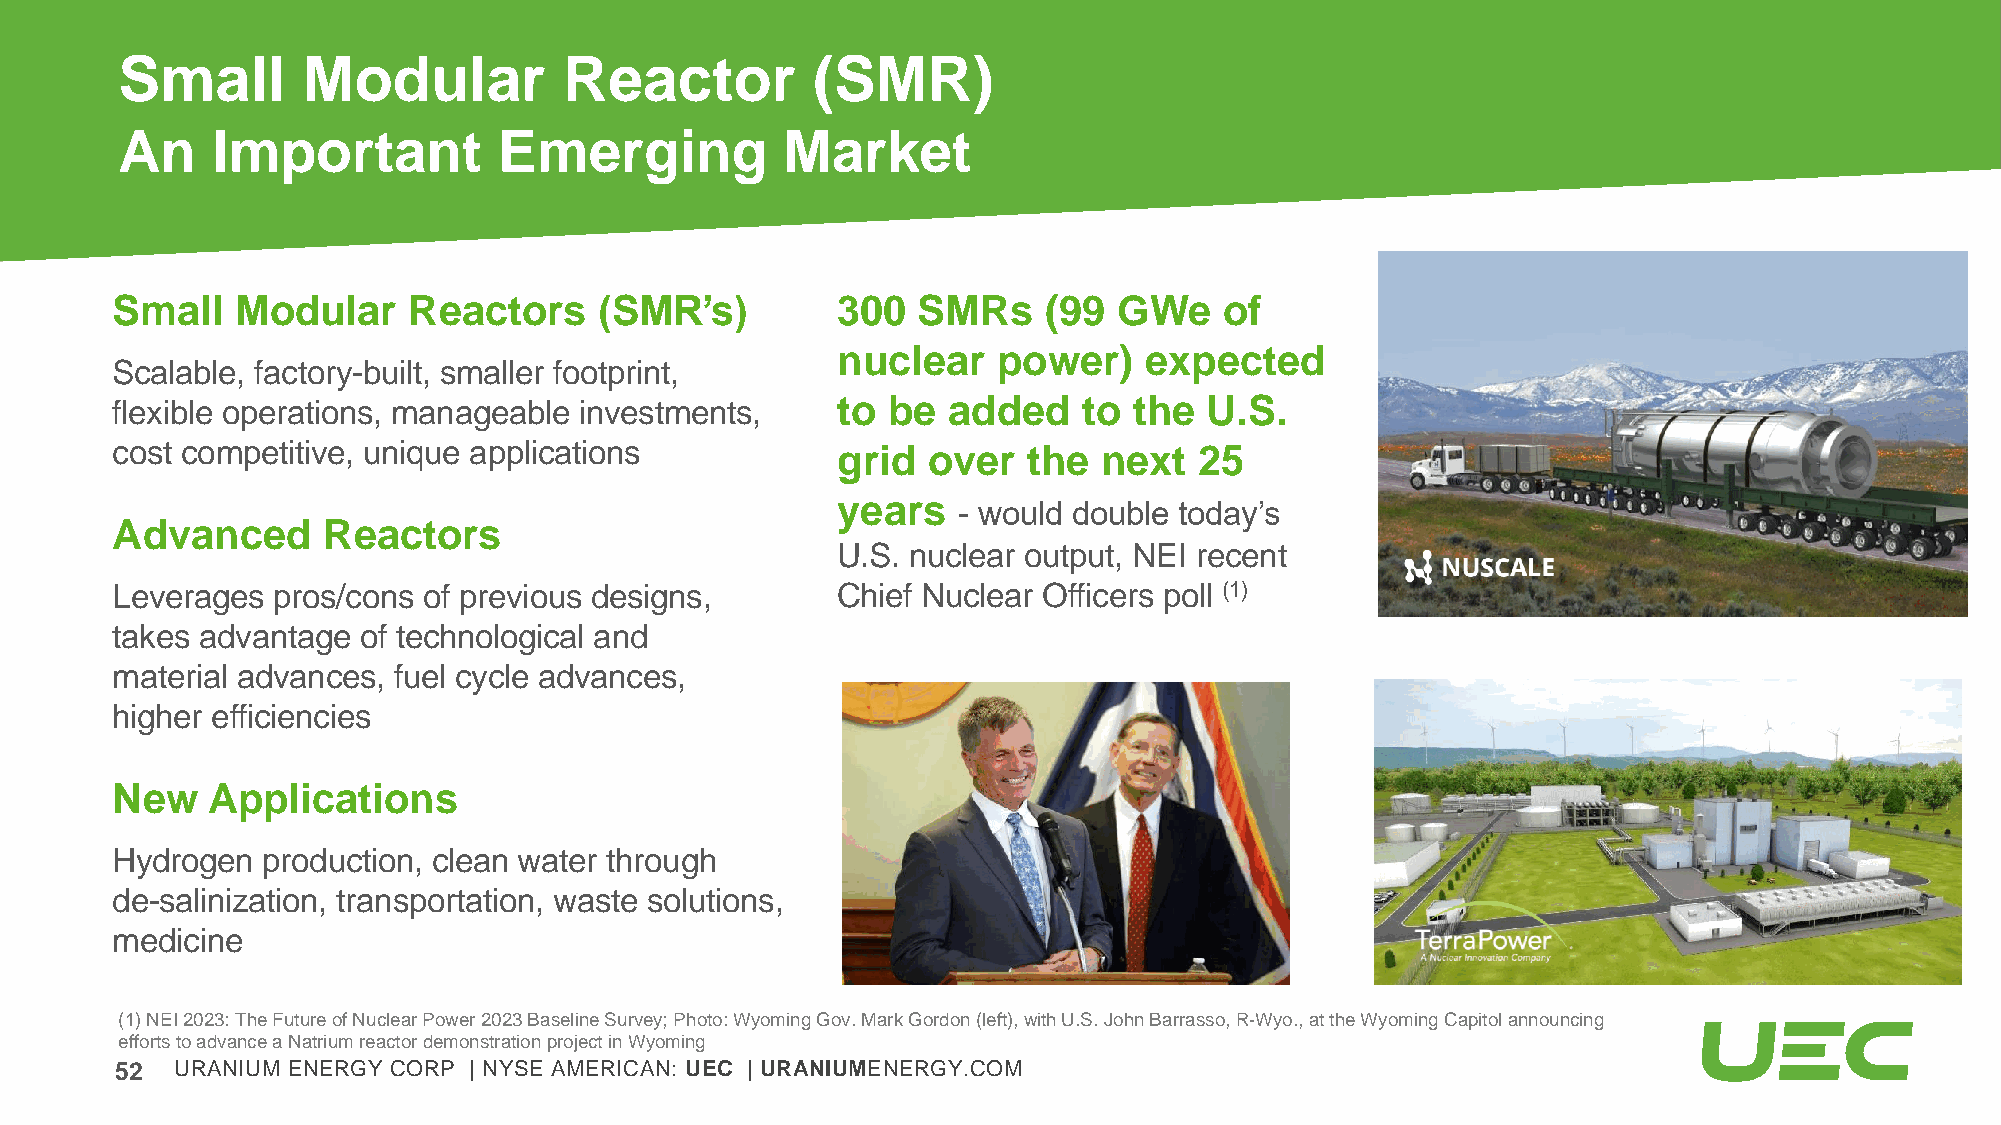
Small       Modular          Reactor          (SMR)
 An    Important          Emerging           Market
 Small    Modular    Reactors     (SMR’s)        300   SMRs    (99  GWe    of
 nuclear    power)    expected
 Scalable, factory-built, smaller footprint,
 flexible operations, manageable investments,    to  be  added    to the  U.S.
 cost competitive, unique applications           grid  over   the  next  25
 years
 - would double today’s
 Advanced      Reactors
 U.S. nuclear output, NEI recent
 Leverages  pros/cons of previous designs,       Chief Nuclear Officers poll (1)
 takes advantage  of technological and
 material advances, fuel cycle advances,
 higher efficiencies
 New    Applications
 Hydrogen  production, clean water through
 de-salinization, transportation, waste solutions,
 medicine
 (1) NEI 2023: The Future of Nuclear Power 2023 Baseline Survey; Photo: Wyoming Gov. Mark Gordon (left), with U.S. John Barrasso,R-Wyo., at the Wyoming Capitol announcing
 efforts to advance a Natrium reactor demonstration project in Wyoming
 52  URANIUM ENERGY CORP | NYSE AMERICAN: UEC | URANIUMENERGY.COM